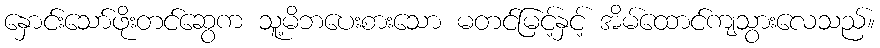
နှောင်းသော်ဖိုးတင်ဆွေက သူ့မိဘပေးစားသော မတင်မြင့်နှင့် အိမ်ထောင်ကျသွားလေသည်။